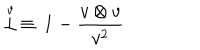
\stackrel { \scriptstyle v } { \bot } \, \equiv \, { \bf 1 } - \frac { v \otimes v } { v ^ { 2 } }